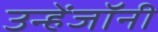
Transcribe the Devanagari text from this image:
उन्हेंजॉनी